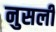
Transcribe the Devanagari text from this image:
नुसली